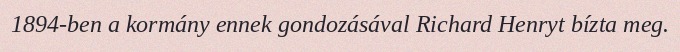
1894-ben a kormány ennek gondozásával Richard Henryt bízta meg.